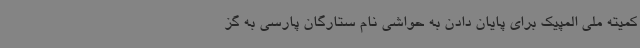
کمیته ملی المپیک برای پایان دادن به حواشی نام ستارگان پارسی به گز